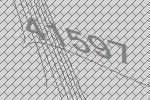
41597